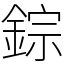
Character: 錝